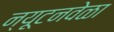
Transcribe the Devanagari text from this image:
न्यूटनवेळा